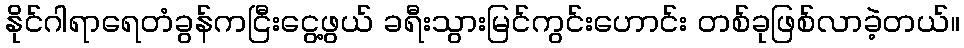
နိုင်ဂါရာရေတံခွန်ကငြီးငွေ့ဖွယ် ခရီးသွားမြင်ကွင်းဟောင်း တစ်ခုဖြစ်လာခဲ့တယ်။